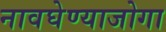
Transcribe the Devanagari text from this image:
नावघेण्याजोगा